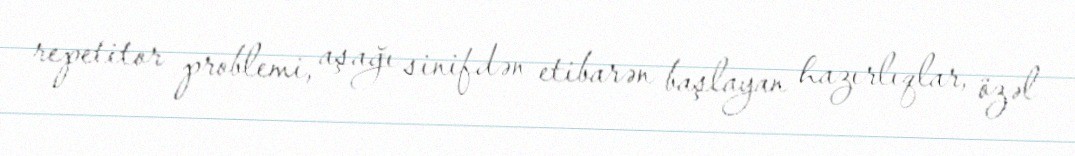
repetitor problemi, aşağı sinifdən etibarən başlayan hazırlıqlar, özəl